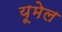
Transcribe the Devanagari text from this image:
यूमेल